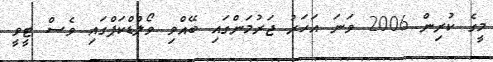
މީގެ ކުރިން 2006 ވަނަ އަހަރު ޖަރުމަންގައި ބޭއްވި ވޯލްޑްކަޕްގައި ވެސް ޓީވީ